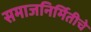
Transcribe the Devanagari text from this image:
समाजनिर्मितीचे